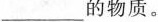
___的物质。